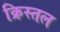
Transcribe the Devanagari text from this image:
क्रिस्तल